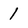
Character: 1